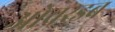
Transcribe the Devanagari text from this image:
ओवरडब